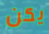
يكن